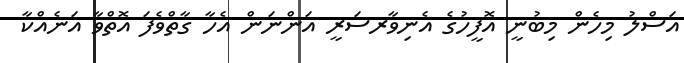
އަސްލު މިހެން މިބުނީ އޮފީހުގެ އެނިވާރސަރީ އަންނަން އެހާ ގާތްވެފަ އޮތްވާ އަނެއްކާ